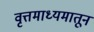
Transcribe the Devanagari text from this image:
वृत्तमाध्यमातून